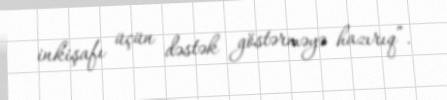
inkişafı üçün dəstək göstərməyə hazırıq”.